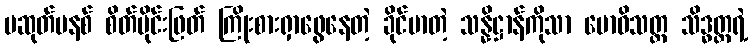
မဆုတ်မနစ် စိတ်ပိုင်းဖြတ် ကြိုးစားရှာဖွေနေတဲ့ ခိုင်မာတဲ့ သန္နိဋ္ဌာန်ကိုသာ ဗောဓိသတ္တ သိဒ္ဓတ္ထရဲ့